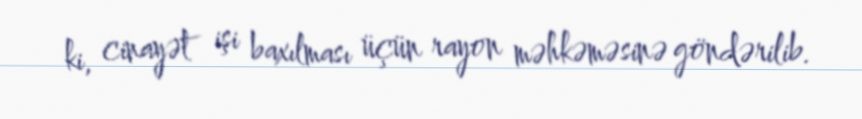
ki, cinayət işi baxılması üçün rayon məhkəməsinə göndərilib.